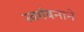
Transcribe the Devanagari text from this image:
स्वर्गबनाने